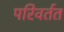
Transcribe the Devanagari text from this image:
परिवर्तत